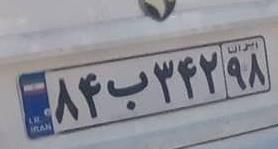
۸۴ب۳۴۲۹۸